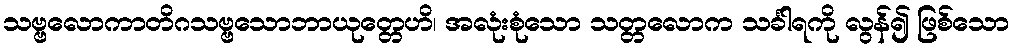
သဗ္ဗလောကာတိဂသဗ္ဗသောဘာယုတ္တေဟိ၊ အလုံးစုံသော သတ္တလောက သင်္ခါရကို လွန်၍ ဖြစ်သော